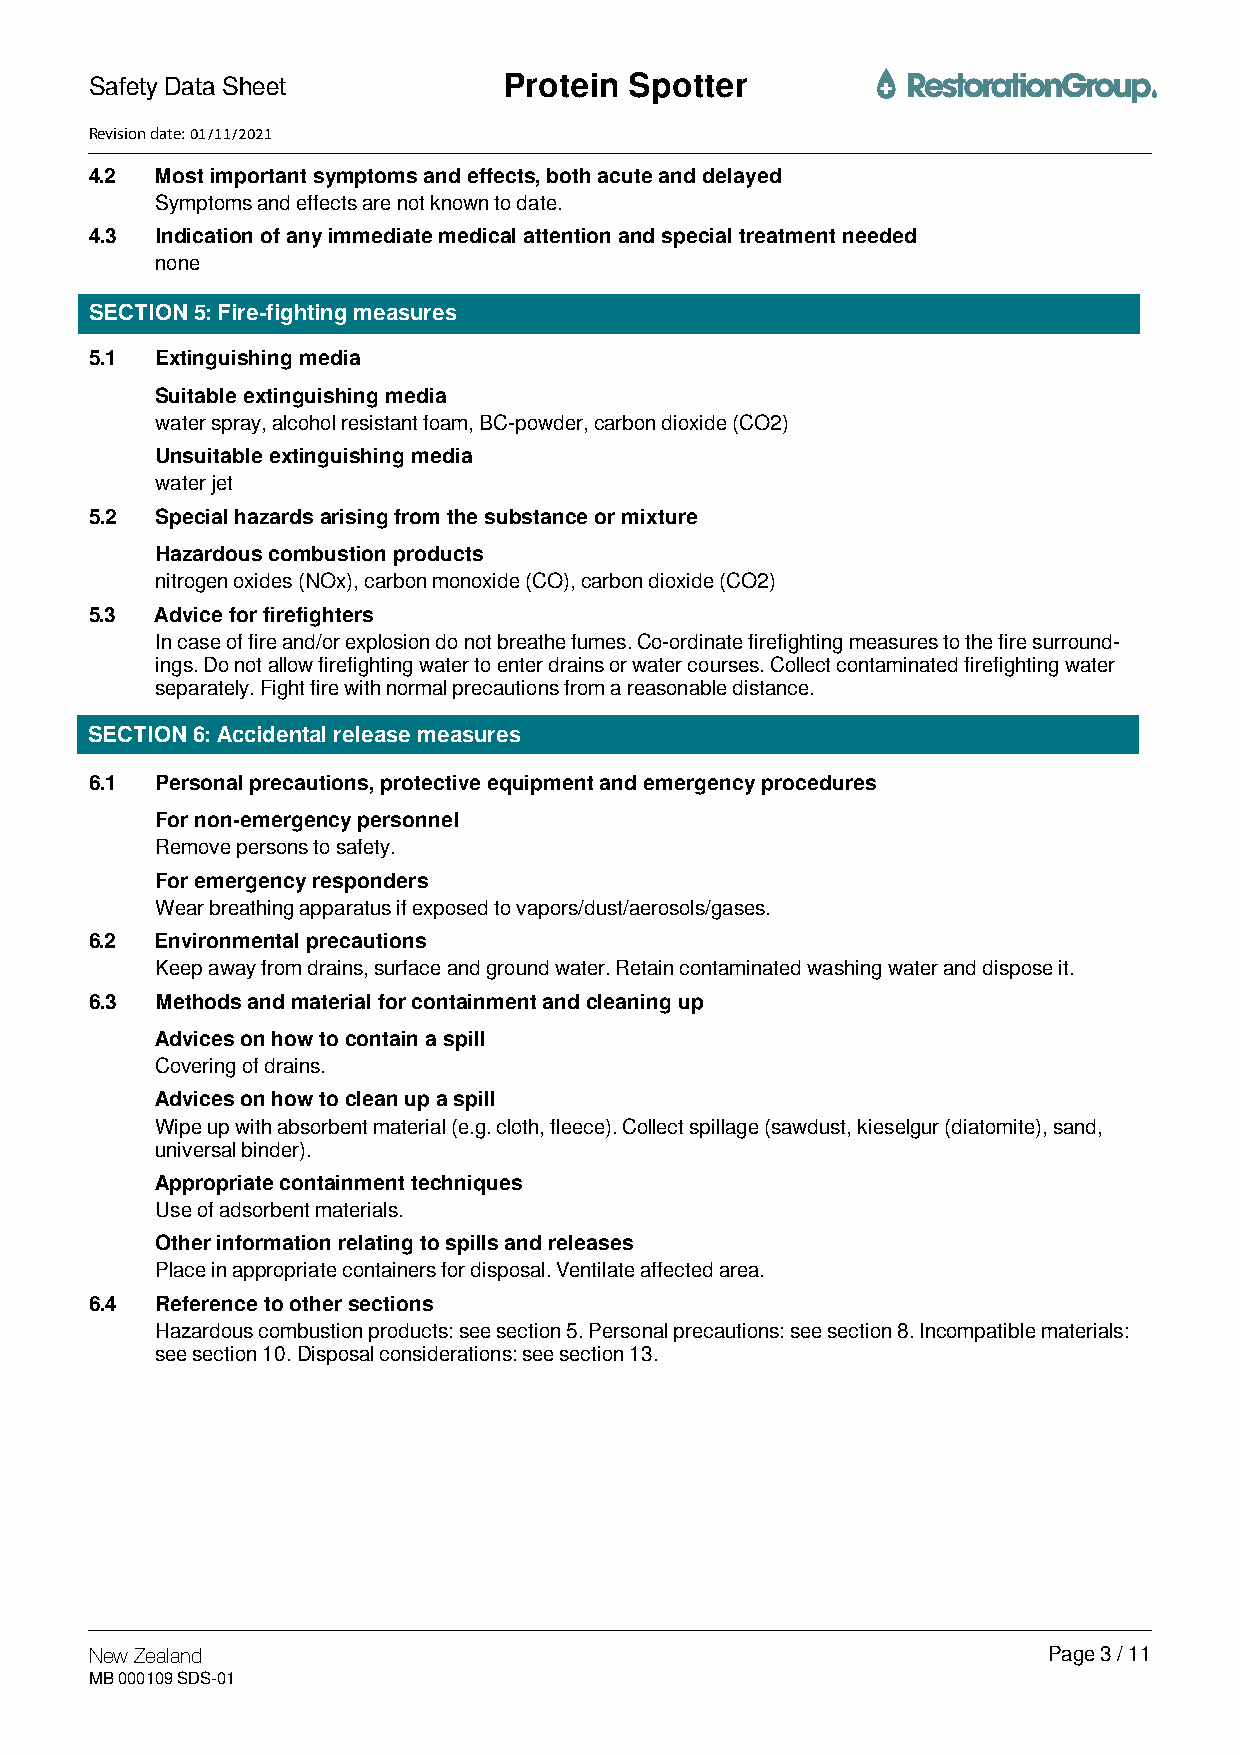
Safety Data Sheet          Protein  Spotter
 Revision date: 01/11/2021
 4.2 Most important symptoms and effects, both acute and delayed
 Symptoms and effects are not known to date.
 4.3 Indication of any immediate medical attention and special treatment needed
 none
 SECTION 5: Fire-fighting measures
 5.1 Extinguishing media
 Suitable extinguishing media
 water spray, alcohol resistant foam, BC-powder, carbon dioxide (CO2)
 Unsuitable extinguishing media
 water jet
 5.2 Special hazards arising from the substance or mixture
 Hazardous combustion products
 nitrogen oxides (NOx), carbon monoxide (CO), carbon dioxide (CO2)
 5.3 Advice for firefighters
 In case of fire and/or explosion do not breathe fumes. Co-ordinate firefighting measures to the fire surround-
 ings. Do not allow firefighting water to enter drains or water courses. Collect contaminated firefighting water
 separately. Fight fire with normal precautions from a reasonable distance.
 SECTION 6: Accidental release measures
 6.1 Personal precautions, protective equipment and emergency procedures
 For non-emergency personnel
 Remove persons to safety.
 For emergency responders
 Wear breathing apparatus if exposed to vapors/dust/aerosols/gases.
 6.2 Environmental precautions
 Keep away from drains, surface and ground water. Retain contaminated washing water and dispose it.
 6.3 Methods and material for containment and cleaning up
 Advices on how to contain a spill
 Covering of drains.
 Advices on how to clean up a spill
 Wipe up with absorbent material (e.g. cloth, fleece). Collect spillage (sawdust, kieselgur (diatomite), sand,
 universal binder).
 Appropriate containment techniques
 Use of adsorbent materials.
 Other information relating to spills and releases
 Place in appropriate containers for disposal. Ventilate affected area.
 6.4 Reference to other sections
 Hazardous combustion products: see section 5. Personal precautions: see section 8. Incompatible materials:
 see section 10. Disposal considerations: see section 13.
 New Zealand                                                    Page 3 / 11
 MB 000109 SDS-01